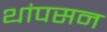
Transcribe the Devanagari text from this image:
थांपसन